Indian journal of veterinary science and animal husbandry - Volumes 18-21, 1948-1951
Year: 1948
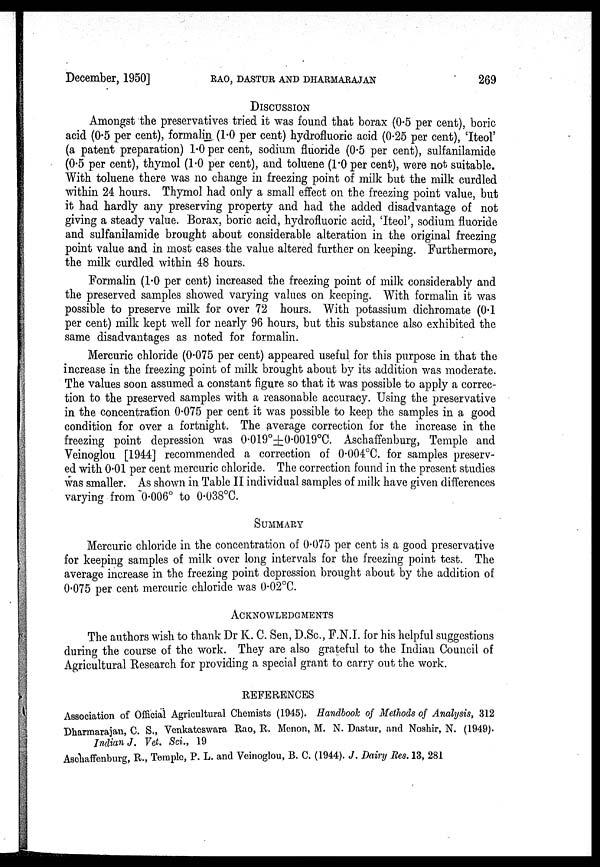
December, 1950]
RAO,
DASTUR
AND
DHARMARAJAN
269
DISCUSSION
Amongst the preservatives tried it was found that borax (0.5 per cent), boric
acid (0.5 per cent), formalin (1.0 per cent) hydrofluoric acid (0.25 per cent), 'Iteol'
(a patent preparation) 1.0 per cent, sodium fluoride (0.5 per cent), sulfanilamide
(0.5 per cent), thymol (1.0 per cent), and toluene (1.0 per cent), were not suitable.
With toluene there was no change in freezing point of milk but the milk curdled
within 24 hours. Thymol had only a small effect on the freezing point value, but
it had hardly any preserving property and had the added disadvantage of not
giving a steady value. Borax, boric acid, hydrofluoric acid, 'Iteol', sodium fluoride
and sulfanilamide brought about considerable alteration in the original freezing
point value and in most cases the value altered further on keeping. Furthermore,
the milk curdled within 48 hours.
Formalin (1.0 per cent) increased the freezing point of milk considerably and
the preserved samples showed varying values on keeping. With formalin it was
possible to preserve milk for over 72 hours. With potassium dichromate (0.1
per cent) milk kept well for nearly 96 hours, but this substance also exhibited the
same disadvantages as noted for formalin.
Mercuric chloride (0.075 per cent) appeared useful for this purpose in that the
increase in the freezing point of milk brought about by its addition was moderate.
The values soon assumed a constant figure so that it was possible to apply a correc-
tion to the preserved samples with a reasonable accuracy. Using the preservative
in the concentration 0.075 per cent it was possible to keep the samples in a good
condition for over a fortnight. The average correction for the increase in the
freezing point depression was 0.019º±0.0019 o C. Aschaffenburg, Temple and
Veinoglou [1944] recommended a correction of 0.004ºC. for samples preserv-
ed with 0.01 per cent mercuric chloride. The correction found in the present studies
was smaller. As shown in Table II individual samples of milk have given differences
varying from 0.006º to 0.038ºC.
SUMMARY
Mercuric chloride in the concentration of 0.075 per cent is a good preservative
for keeping samples of milk over long intervals for the freezing point test. The
average increase in the freezing point depression brought about by the addition of
0.075 per cent mercuric chloride was 0.02ºC.
ACKNOWLEDGEMENTS
The authors wish to thank Dr K. C. Sen, D.Sc., F.N.I. for his helpful suggestions
during the course of the work. They are also grateful to the Indian Council of
Agricultural Research for providing a special grant to carry out the work.
REFERENCES
Association of Official Agricultural Chemists (1945). Handbook of Methods of Analysis, 312
Dharmarajan, C. S., Venkateswara Rao, R. Menon, M. N. Dastur, and Noshir, N. (1949).
Indian J. Vet. Sci., 19
Aschaffenburg, R., Temple, P. L. and Veinoglou, B. C. (1944). J. Dairy Res. 13, 281